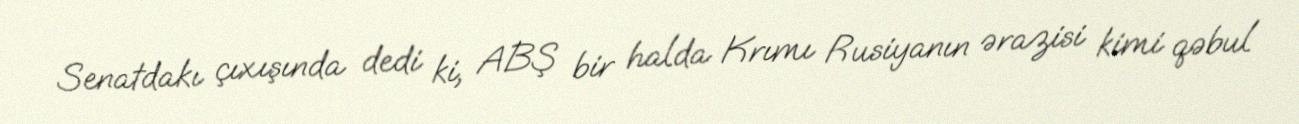
Senatdakı çıxışında dedi ki, ABŞ bir halda Krımı Rusiyanın ərazisi kimi qəbul